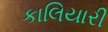
કાલિયારી